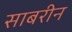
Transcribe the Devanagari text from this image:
साबरीन